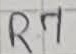
Text: R7